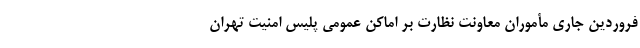
فروردین جاری مأموران معاونت نظارت بر اماکن عمومی پلیس امنیت تهران